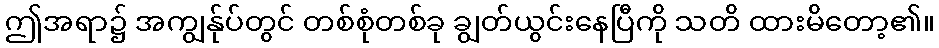
ဤအရာ၌ အကျွန်ုပ်တွင် တစ်စုံတစ်ခု ချွတ်ယွင်းနေပြီကို သတိ ထားမိတော့၏။